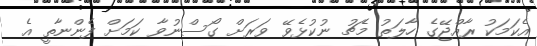
އެކަމަކު ރާއްޖޭގެ ހާލަތު މެޗު ނުކުޅެވޭ ވަރަށް ގޯސްނުވާ ކަމަށް ފެންނާތީ އެ